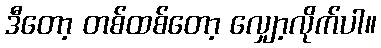
ဒီတော့ တစ်ထစ်တော့ လျှော့လိုက်ပါ။